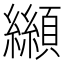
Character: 𩕛